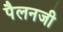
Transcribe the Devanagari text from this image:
पैलनजी